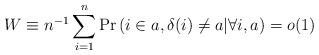
LaTeX: \begin{align*}W \equiv n^{-1}\sum_{i=1}^n\Pr\left(i \in a,\delta(i)\neq a | \forall i,a\right)=o(1)\end{align*}